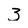
Character: 3